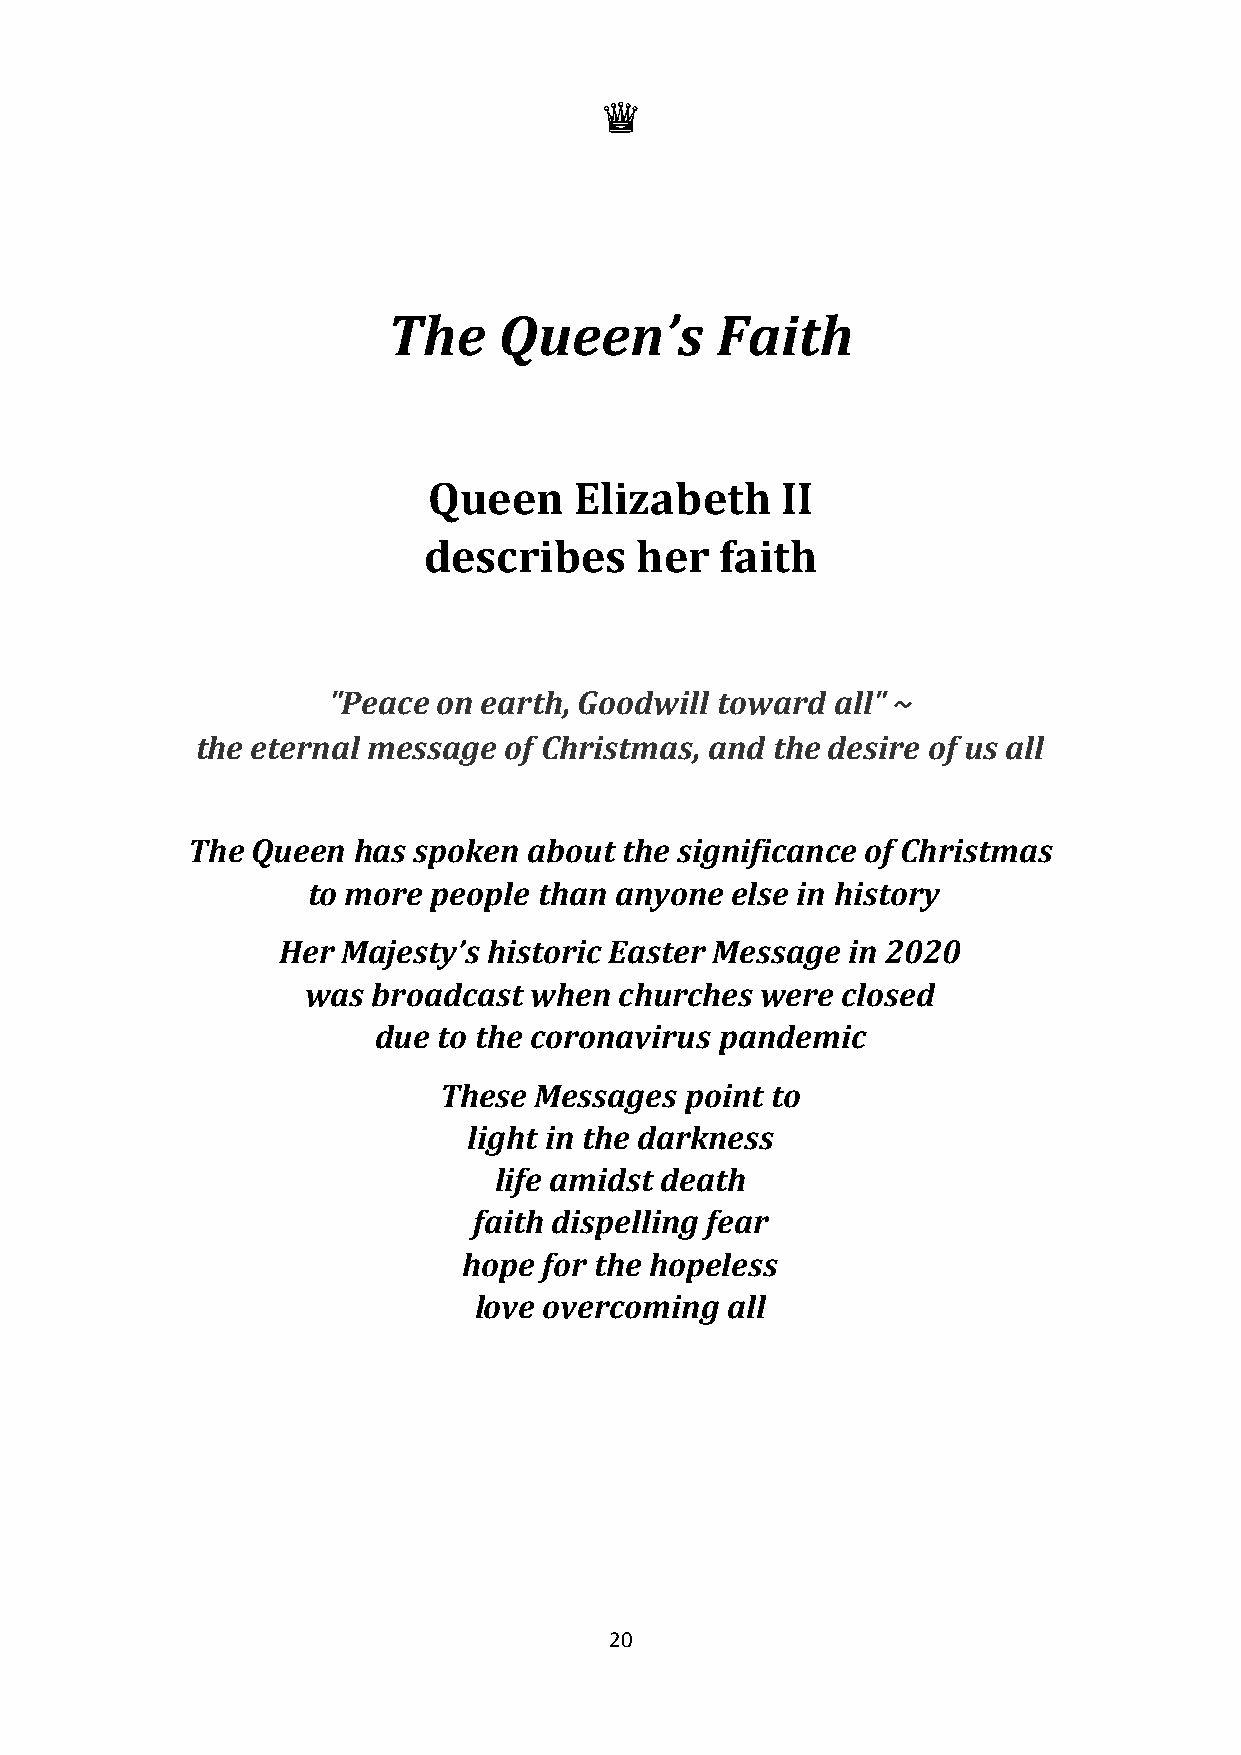
♛
 The    Queen’s       Faith
 Queen     Elizabeth     II
 describes     her   faith
 "Peace on earth, Goodwill toward all" ~
 the eternal message of Christmas, and the desire of us all
 The  Queen has spoken  about the significance of Christmas
 to more  people than anyone else in history
 Her  Majesty’s historic Easter Message in 2020
 was  broadcast when  churches were  closed
 due to the coronavirus pandemic
 These Messages  point to
 light in the darkness
 life amidst death
 faith dispelling fear
 hope for the hopeless
 love overcoming  all
 20